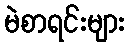
မဲစာရင်းများ